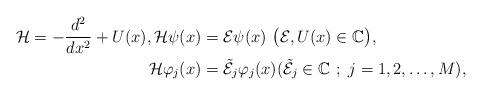
LaTeX: \begin{align*} \mathcal{H}=-\frac{d^2}{dx^2}+U(x), \mathcal{H}\psi(x)&=\mathcal{E}\psi(x)\ \bigl(\mathcal{E},U(x)\in\mathbb{C}\bigr), \\ \mathcal{H}\varphi_j(x)&=\tilde{\mathcal{E}}_j\varphi_j(x) (\tilde{\mathcal{E}}_j\in\mathbb{C}\ ;\ j=1,2,\ldots,M), \end{align*}